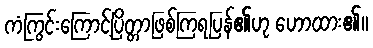
ကံကြွင်းကြောင့်ပြိတ္တာဖြစ်ကြရပြန်၏ဟု ဟောထား၏။